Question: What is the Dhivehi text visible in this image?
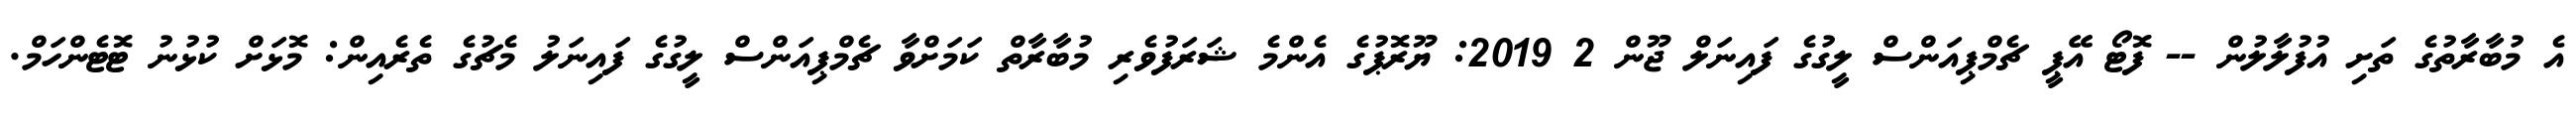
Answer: އެ މުބާރާތުގެ ތަށި އުފުލާލުން -- ފޮޓޯ އޭޕީ ޗެމްޕިއަންސް ލީގުގެ ފައިނަލް ޖޫން 2 2019: ޔޫރޮޕުގެ އެންމެ ޝަރަފުވެރި މުބާރާތް ކަމަށްވާ ޗެމްޕިއަންސް ލީގުގެ ފައިނަލު މެޗުގެ ތެރެއިން: މޮޅަށް ކުޅުނު ޓޮޓެންހަމް.